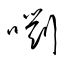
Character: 嚠